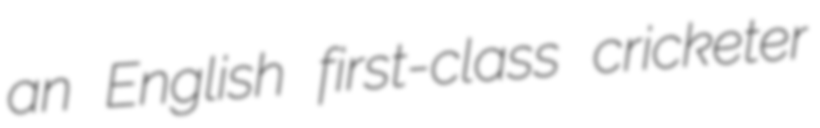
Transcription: an English first-class cricketer